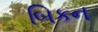
બિકન